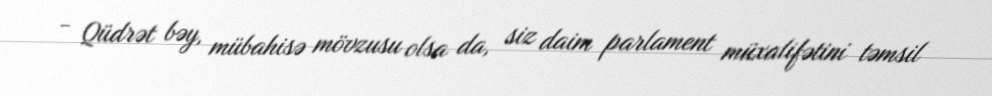
- Qüdrət bəy, mübahisə mövzusu olsa da, siz daim parlament müxalifətini təmsil